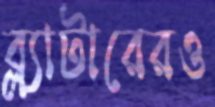
ব্ল্যাটারেরও